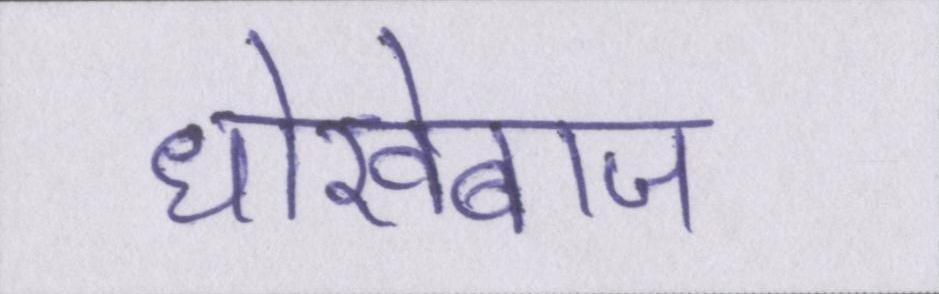
धोखेबाज